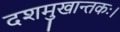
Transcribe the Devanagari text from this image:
दशमुखान्तकः।